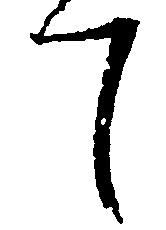
て